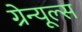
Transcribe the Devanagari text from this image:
ग्रेन्यूल्स